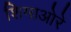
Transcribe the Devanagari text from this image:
शिमाओरे